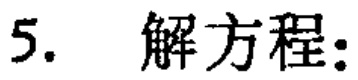
5. 解方程: